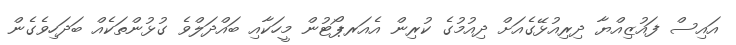
އައިސް ފައުޒިއްޔާ ދިރިއުޅޭގެއަށް ދިއުމުގެ ކުރިން އެއަރޕޯޓުން މީހަކާއި ބައްދަލްވެ ގުޅުންތަކެއް ބަދަހިވެގެން